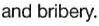
and bribery.